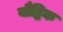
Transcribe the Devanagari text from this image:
वौद्धिक